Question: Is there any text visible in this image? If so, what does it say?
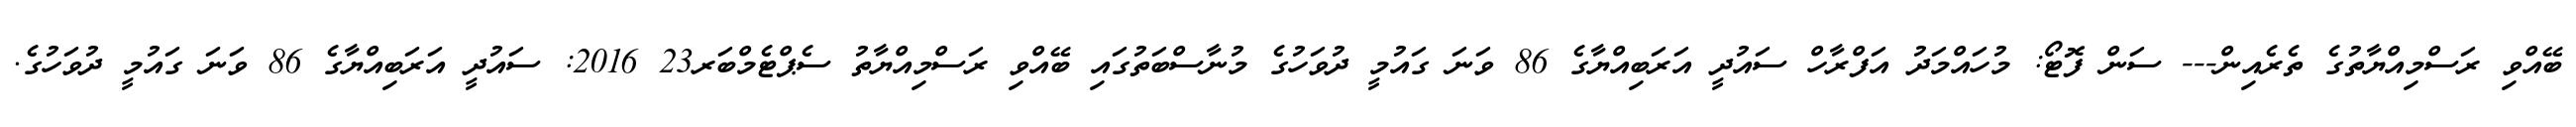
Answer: ބޭއްވި ރަސްމިއްޔާތުގެ ތެރެއިން--- ސަން ފޮޓޯ: މުހައްމަދު އަފްރާހް ސައުދީ އަރަބިއްޔާގެ 86 ވަނަ ގައުމީ ދުވަހުގެ މުނާސްބަތުގައި ބޭއްވި ރަސްމިއްޔާތު ސެޕްޓެމްބަރ23 2016: ސައުދީ އަރަބިއްޔާގެ 86 ވަނަ ގައުމީ ދުވަހުގެ.